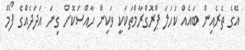
އޭގެ ތެރެއިން ބައެއް ކަހަލަ ޕްރޮގްރާމްތަކަކީ ވަކިން ހާއްސަކޮށް ގިނަ އަދަދެއްގެ ފޯމް